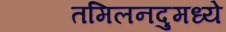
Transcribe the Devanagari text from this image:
तमिलनदुमध्ये